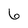
Character: 6